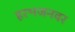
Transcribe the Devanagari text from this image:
हरभजनवर